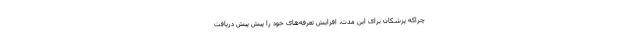
چراکه پزشکان برای این مدت، افزایش تعرفه‌های خود را پیش پیش دریافت